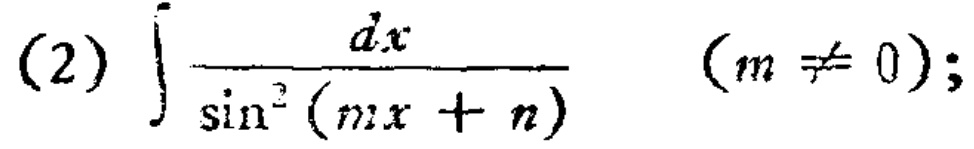
\(\int \frac{dx}{\sin^{2}(mx + n)}\quad (m\neq 0);\)